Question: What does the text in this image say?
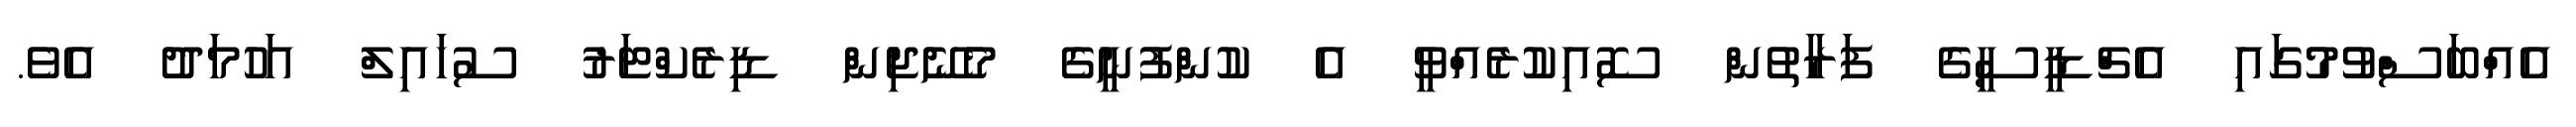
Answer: އެއްބަސްވުމުގައި އެޗްޑީސީގެ ފަރާތުން ސޮއިކުރެއްވީ އެ ކުންފުނީގެ މެނޭޖިން ޑިރެކްޓަރު ސުހައިލް އަހުމަދު އެވެ.